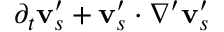
{ \partial _ { t } \mathbf v _ { s } ^ { \prime } + \mathbf v _ { s } ^ { \prime } \cdot \boldsymbol \nabla ^ { \prime } \mathbf v _ { s } ^ { \prime } }